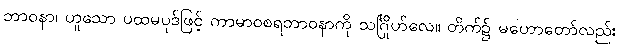
ဘာဝနာ၊ ဟူသော ပထမပုဒ်ဖြင့် ကာမာဝစရဘာဝနာကို သင်္ဂြိုဟ်လေ။ တိက်၌ မဟောတော်လည်း